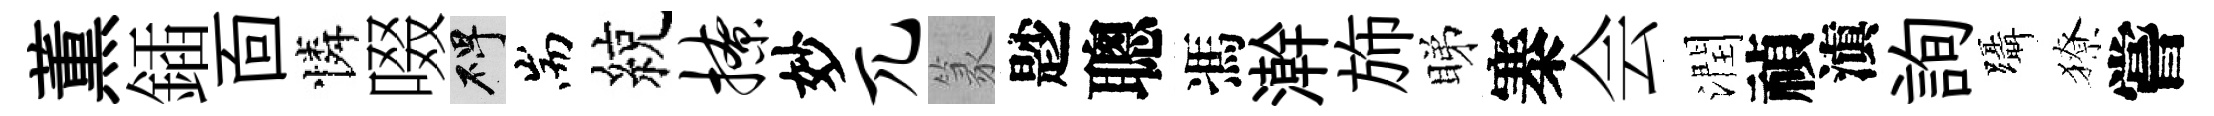
薫鍤靣憐啜碑耑綂撩妙兀篆尟聰馮澣斾睇寨会潤禎滇詢躡獠嘗